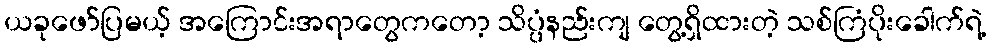
ယခုဖော်ပြမယ့် အကြောင်းအရာတွေကတော့ သိပ္ပံနည်းကျ တွေ့ရှိထားတဲ့ သစ်ကြံပိုးခေါက်ရဲ့